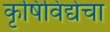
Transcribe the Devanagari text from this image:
कृषिविद्येचा